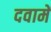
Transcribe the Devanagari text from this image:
दवामें